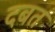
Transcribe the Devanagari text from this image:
दबत